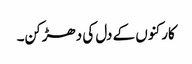
کارکنوں کے دل کی دھڑکن۔